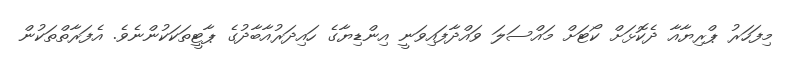
މިފަހަރު ޕްރިޔާއާ ދެކޮޅަށް ކޯޓަށް މައްސަލަ ވައްދާފައިވަނީ އިންޑިޔާގެ ހައިދަރުއާބާދުގެ ޕާޓީތަކަކުންނެވެ. އެފަރާތްތަކުން